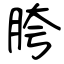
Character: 胯